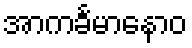
အာကင်္ခမာနောဝ